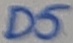
Text: D5